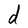
Character: d